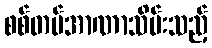
စစ်တပ်အာဏာသိမ်းသည့်